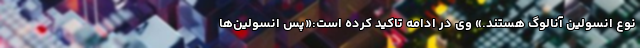
نوع انسولین آنالوگ هستند.» وی در ادامه تاکید کرده است:«پس انسولین‌ها